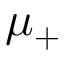
\mu _ { + }